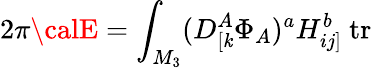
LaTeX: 2\pi{\calE}=\int_{M_{3}}(D_{[\mathit{k}}^{A}\Phi_{A})^{a}H_{ij]}^{b}\ \mathrm{{tr}}